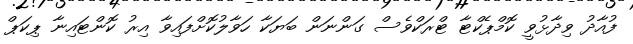
ފުއާދު ވިދާޅުވީ ކޮމްޕެކްޓާ ޓްރަކްވެސް ގަންނަން ބަޔަކާ ހަވާލުކޮށްފައިވާ އިރު ކޮންޓައިނާ ޕިކަޕް